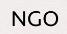
NGO